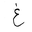
Letter: _gayn